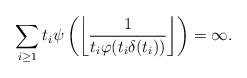
LaTeX: \begin{align*}\sum_{i\geq 1}t_i\psi\left(\left\lfloor\frac{1}{t_i\varphi(t_i\delta(t_i))}\right\rfloor\right)=\infty.\end{align*}